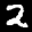
Label: 2